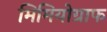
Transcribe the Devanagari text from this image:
मिमियोग्राफ